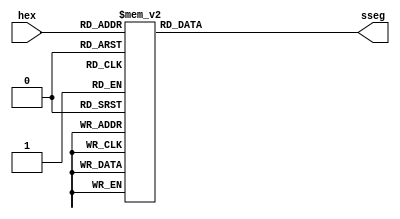
module hex2sseg(
    input [3:0] hex,
    output reg [6:0] sseg //arranged as gfedcba  
    );
    
    //hex->bcd LUT
    always @(hex)
        case(hex) //gfedcba
            0: sseg = 7'b1000000;
            1: sseg = 7'b1111001;            
            2: sseg = 7'b0100100;             
            3: sseg = 7'b0110000;              
            4: sseg = 7'b0011001;             
            5: sseg = 7'b0010010;             
            6: sseg = 7'b0000010;             
            7: sseg = 7'b1111000;             
            8: sseg = 7'b0000000;             
            9: sseg = 7'b0010000;             
            10: sseg = 7'b0001000;             
            11: sseg = 7'b0000011;             
            12: sseg = 7'b1000110;             
            13: sseg = 7'b0100001;             
            14: sseg = 7'b0000110;             
            15: sseg = 7'b0001110;             
        endcase
endmodule